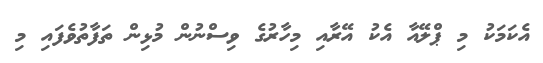
އެކަމަކު މި ޕްލޭއާ އެކު އޭރާއި މިހާރުގެ ވިސްނުން މުޅިން ތަފާތުވެފައި މި